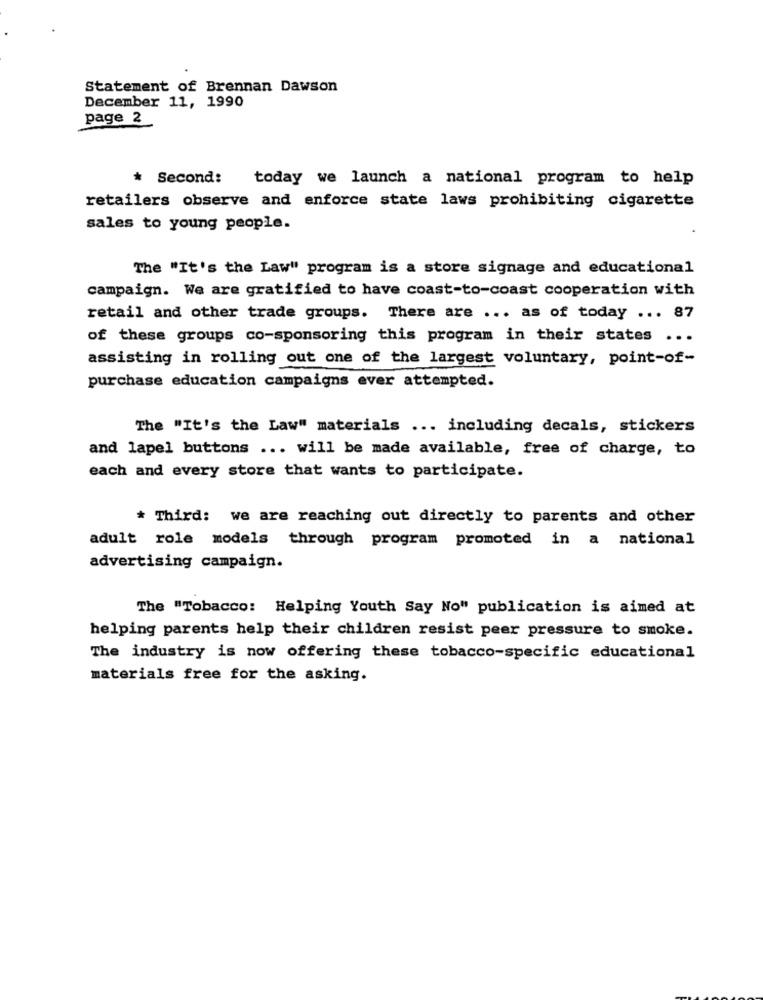
Statement of Brennan Dawson
December 11, 1990
page 2
* Second:
today we launch a national program to help
retailers observe and enforce state laws prohibiting cigarette
sales to young people.
The "It's the Law" program is a store signage and educational
campaign. We are gratified to have coast-to-coast cooperation with
retail and other trade groups. There are ... as of today ... 87
of these groups co-sponsoring this program in their states ...
assisting in rolling out one of the largest voluntary, point-of-
purchase education campaigns ever attempted.
The "It's the Law" materials ... including decals, stickers
and lapel buttons ... will be made available, free of charge, to
each and every store that wants to participate.
* Third: we are reaching out directly to parents and other
adult role models through program promoted in a national
advertising campaign.
The "Tobacco: Helping Youth Say No" publication is aimed at
helping parents help their children resist peer pressure to smoke.
The industry is now offering these tobacco-specific educational
materials free for the asking.